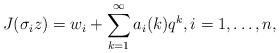
LaTeX: \begin{align*} J(\sigma_i z)=w_i+\sum_{k=1}^{\infty} a_{i}(k) q^{k},i=1,\dots,n,\end{align*}